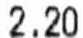
2.20